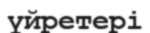
үйретері